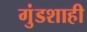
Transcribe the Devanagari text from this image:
गुंडशाही